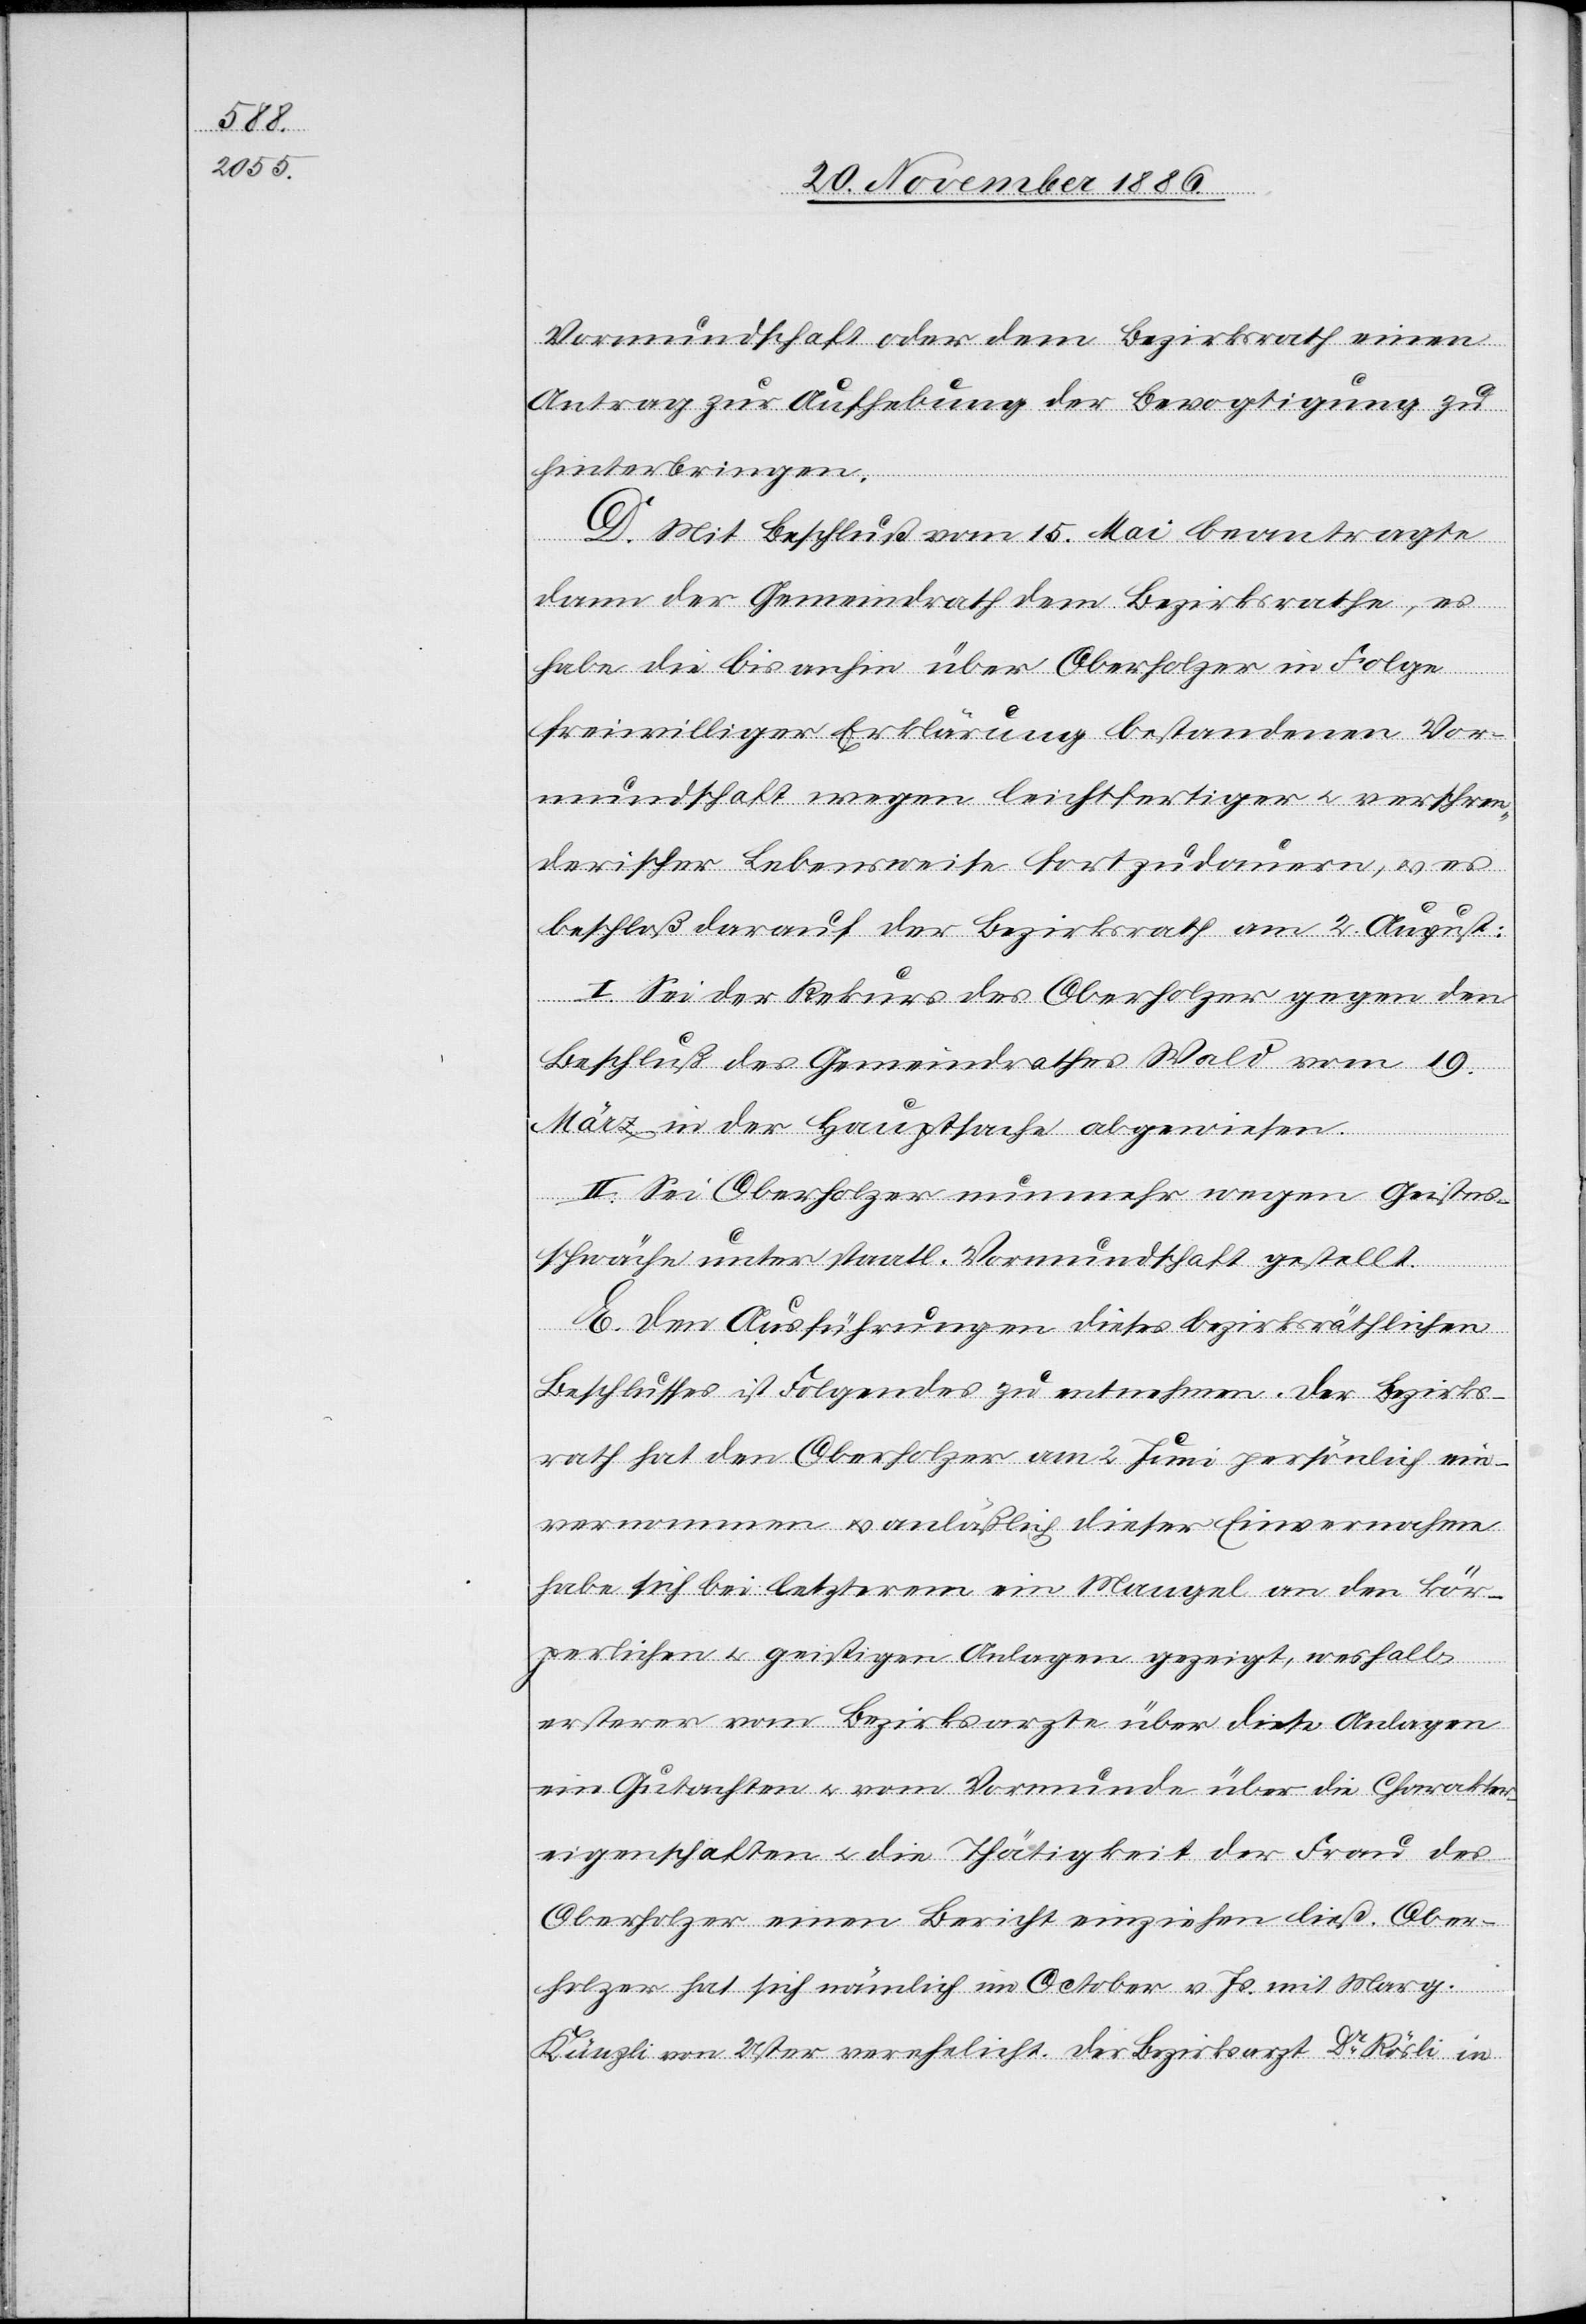
Vormundschaft oder dem Bezirksrath einen
Antrag zur Aufhebung der Bevogtigung zu
hinterbringen.
Vo¬
D. Mit Beschluß vom 15. Mai beantragte
dann der Gemeindrath dem Bezirksrathe, es
habe die bis anhin über Oberholzer in Folge
freiwilliger Erklärung bestandenen [si¬
rmundschaft wegen leichtfertiger & verschwen¬
derischer Lebensweise fortzudauern, & es
beschloß darauf der Bezirksrath am 2. August:
I. Sei der Rekurs des Oberholzer gegen den
Beschluß des Gemeindrathes Wald vom 19.
März in der Hauptsache abgewiesen.
II. Sei Oberholzer nunmehr wegen Geistes¬
schwäche unter staatl. Vormundschaft gestellt.
E. Den Ausführungen dieses bezirksräthlichen
Beschlusses ist Folgendes zu entnehmen. Der Bezirks¬
rath hat den Oberholzer am 2. Juni persönlich ein¬
vernommen & anläßlich dieser Einvernahme
habe sich bei letzterem ein Mangel an den kör¬
perlichen & geistigen Anlagen gezeigt, weshalb
ersterer vom Bezirksarzte über diese Anlagen
ein Gutachten & vom Vormunde über die Charakter¬
eigenschaften & die Thätigkeit der Frau des
Oberholzer einen Bericht einziehen ließ. Ober¬
holzer hat sich nämlich im October v. Js. mit Marg.
Känzli von Uster verehelicht. Der Bezirksarzt Dr Rösli in